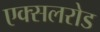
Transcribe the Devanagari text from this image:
एक्सलरोड